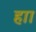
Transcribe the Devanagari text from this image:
हाा